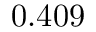
0 . 4 0 9